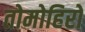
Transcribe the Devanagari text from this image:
तोमोहिरो